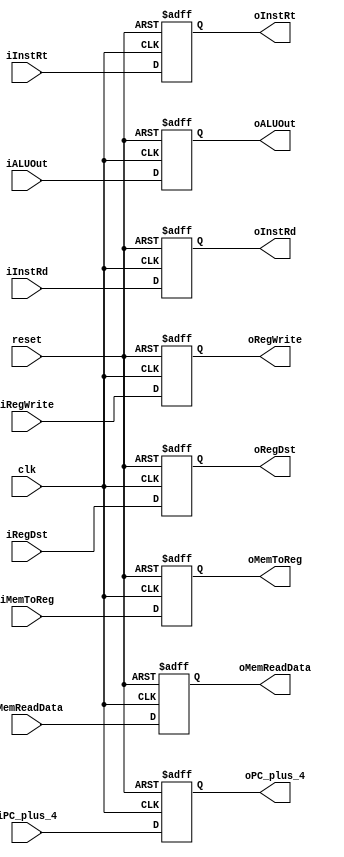
`timescale 1ns / 1ps
//2013011076 Wang Han
//MEM_WB Register

module MEM_WB_reg(
	input			clk,
	input			reset,
	input	[31:0]	iPC_plus_4,
	input	[4:0]	iInstRt,
	input	[4:0]	iInstRd,
	input	[1:0]	iRegDst,
	input	[1:0]	iMemToReg,
	input			iRegWrite,
	input	[31:0]	iALUOut,
	input	[31:0]	iMemReadData,
	output	reg [31:0]	oPC_plus_4,
	output	reg [4:0]	oInstRt,
	output	reg [4:0]	oInstRd,
	output	reg [1:0]	oRegDst,
	output	reg [1:0]	oMemToReg,
	output	reg 		oRegWrite,
	output	reg [31:0]	oALUOut,
	output	reg [31:0]	oMemReadData);

	always @(posedge clk or negedge reset) begin
		if (~reset)
		begin
			oPC_plus_4 <= 32'h00000000;
			oInstRt <= 5'h00;
			oInstRd <= 5'h00;
			oRegDst <= 2'h0;
			oMemToReg <= 2'h0;
			oRegWrite <= 1'b0;
			oALUOut <= 32'h00000000;
			oMemReadData <= 32'h00000000;
		end
		else
		begin
			oPC_plus_4 <= iPC_plus_4;
			oInstRt <= iInstRt;
			oInstRd <= iInstRd;
			oRegDst <= iRegDst;
			oMemToReg <= iMemToReg;
			oRegWrite <= iRegWrite;
			oALUOut <= iALUOut;
			oMemReadData <= iMemReadData;
		end
	end
endmodule